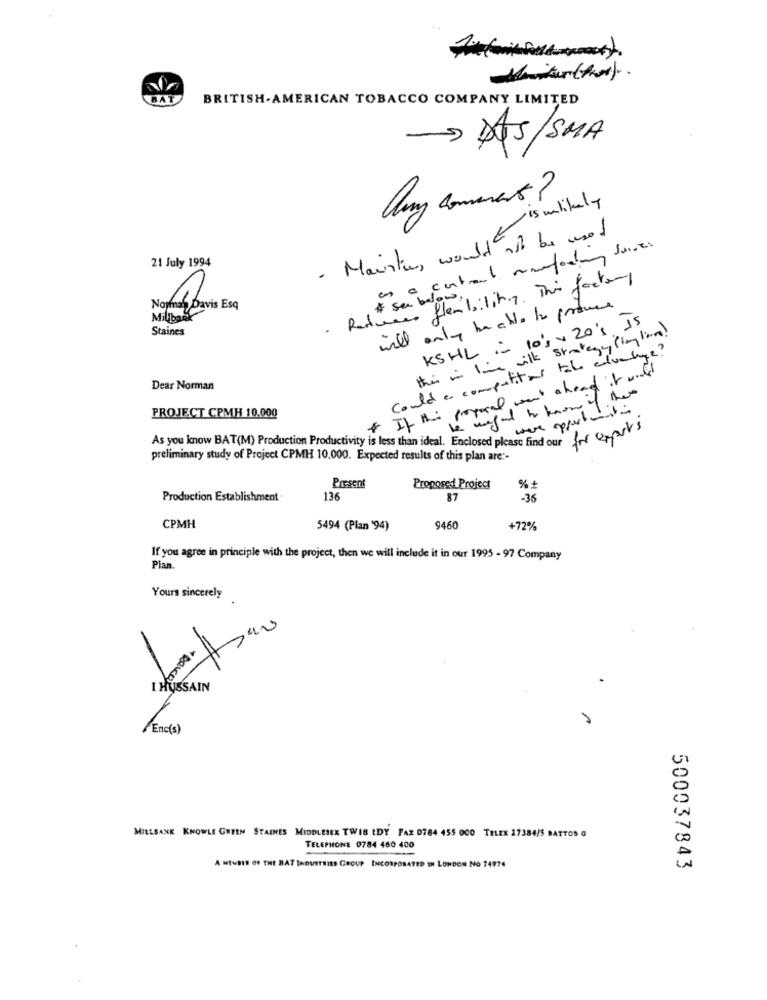
BRITISH-AMERICAN TOBACCO COMPANY LIMITED
DAS/SMA
. Maister, would is unlikely
not be used
as a central manfooting forces
21 July 1994
Reduces flexibility. This factory
Norman Davis Esq
will only be able to produce
Millbask
Staines
.
this in live wilk Strategy (ington!
KSHL - 10% + 20's, IS
Could a computitions take advantage?
* If this proposal went ahead it will
Dear Norman
be weget to know of the
were oppertunit
PROJECT CPMH 10.000
As you know BAT(M) Production Productivity is less than ideal. Enclosed please find our for expats
preliminary study of Project CPMH 10,000. Expected results of this plan are :-
Present
Proposed Project
%+
Production Establishment
136
87
-36
CPMH
5494 (Plan '94)
9460
+72%
If you agree in principle with the project, then we will include it in our 1995 - 97 Company
Plan.
Yours sincerely
I HUSSAIN
/Enc(s)
MILLBANK KNOWLE GREEN STAINES MIDDLESEX TWIS IDY FAX 0784 455 000 TELEX 17384/5 BATTOS G
TELEPHONE 0784 460 400
A MEMBER OF THE BAT INDUSTRIES GROUP INCORPORATED IN LONDON NO 74974
500037843